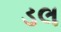
ડલ